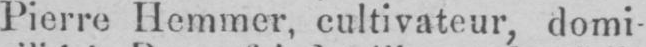
Pierre Hemmer, cultivateur, domi-